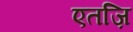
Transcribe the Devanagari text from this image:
एतज़ि